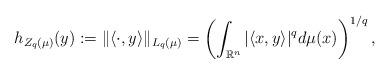
LaTeX: \begin{align*}h_{Z_q(\mu)}(y):= \|\langle \cdot ,y\rangle \|_{L_q(\mu)} = \left(\int_{{\mathbb R}^n}|\langle x,y\rangle|^qd\mu(x)\right)^{1/q},\end{align*}